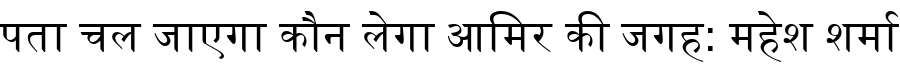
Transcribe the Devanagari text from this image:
पता चल जाएगा कौन लेगा आमिर की जगह: महेश शर्मा